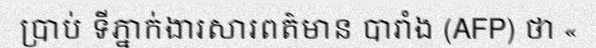
ប្រាប់ ទីភ្នាក់ងារសារពត៌មាន បារាំង (AFP) ថា «